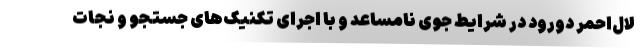
لال‌احمر دورود در شرایط جوی نامساعد و با اجرای تکنیک‌های جستجو و نجات